Vital statistics of India. Vol. IV, Annual returns from 1871 to 1876. British Army of India, Native Army and jails of Bengal
Year: 1871
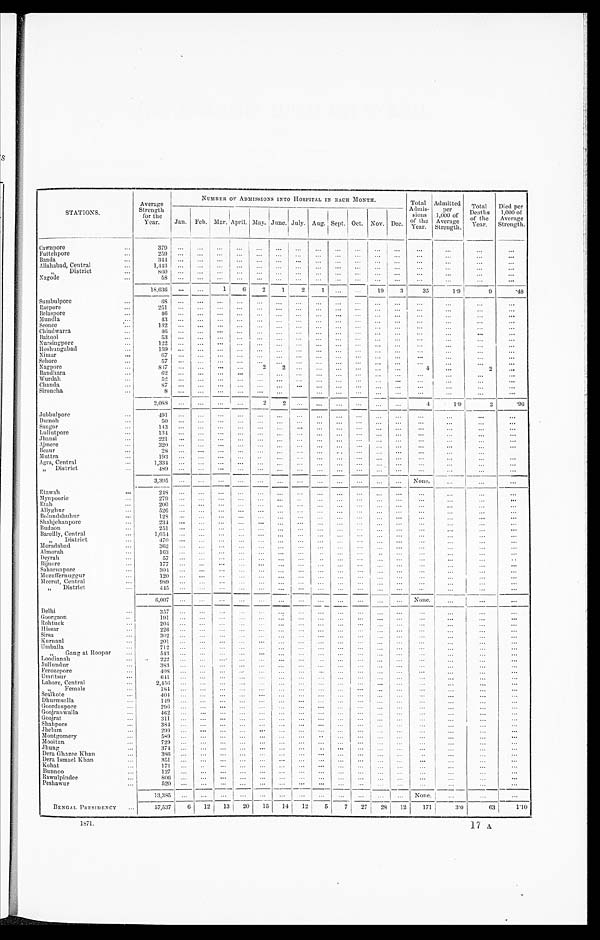
STATIONS.
Average
Strength
for the
Year.
NUMBER OF ADMISSIONS INTO HOSPITAL IN EACH MONTH.
T o t a l Ad mi s - s i o n s o f t h e Ye a r . Admi t t e d pe r 1, 000 of Ave r a ge St r e ngt h. Tot a l De a t hs of t he Ye a r . Di e d pe r 1, 000 of Ave r a ge St r e ngt h.
Jan. Feb.
M a r .
Apr i l .
May. June. July. Aug. Sept.
O c t .
N o v . Dec.
Cawnpore
...
3 7 9
. . .
. . .
. . .
. . .
...
...
. . .
. . .
. . .
. . .
. . . ...
. . .
. . .
. . .
. . .
Futtehpore
...
2 5 9
. . .
. . .
. . .
. . .
...
...
. . .
. . .
. . .
. . .
. . . ...
. . .
. . .
. . .
. . .
Banda
...
3 4 4
. . .
. . .
. . .
. . .
...
...
. . .
. . .
. . .
. . .
. . . ...
. . .
. . .
. . .
. . .
Allahabad, Central
...
1 , 4 4 3
. . .
. . .
. . .
. . .
...
...
. . .
. . .
. . .
. . .
. . . ...
. . .
. . .
. . .
...
, , D i s t r i c t...
8 6 0
. . .
. . .
. . .
. . .
...
...
. . .
. . .
. . .
. . .
. . . ...
. . .
. . .
. . .
. . .
Nagode
...
5 8
. . .
. . .
. . .
. . .
...
...
. . .
. . .
. . .
. . .
. . . ...
. . .
. . .
. . .
. . .
1 8 , 6 3 6
. . .
. . .
1
6
2 1
2
1
. . .
. . .
1 9
3
3 5
1 . 9
9
. 4 8
Sumbulpore
...
6 8
. . .
. . .
. . .
. . .
. . .
. . .
. . .
. . .
. . .
. . .
. . .
...
. . .
. . .
. . .
. . .
Raepore
...
251
. . .
. . .
. . .
. . .
. . .
. . .
. . .
. . .
. . .
. . .
. . .
. . .
. . .
. . .
. . .
. . .
Belaspore
...
4 6
. . .
. . .
. . .
. . .
. . .
. . .
. . .
. . .
. . . . . .
. . .
...
. . .
. . .
. . .
. . .
Mundla
...
4 3
. . .
. . .
. . .
. . .
. . .
. . .
. . .
. . .
. . . . . .
. . .
...
. . .
. . .
. . .
...
Seonee
...
1 3 2
. . .
. . .
. . .
. . .
. . .
. . .
. . .
. . .
. . . . . .
. . .
...
. . .
. . .
. . .
. . .
Chindwarra
...
4 6
. . .
. . .
. . .
. . .
. . .
. . .
. . .
. . .
. . . . . .
. . .
...
. . .
. . .
. . .
...
Baitool
...
5 3
. . .
. . .
. . .
. . .
. . .
. . .
. . .
. . .
. . . . . .
. . .
...
. . .
. . .
. . .
. . .
Nursingpore
...
1 2 2
. . .
. . .
. . .
. . .
. . .
. . .
. . .
. . .
. . . . . .
. . .
...
. . .
. . .
. . .
. . .
Hoshungabad
...
1 5 9
. . .
. . .
. . .
. . .
. . .
. . .
. . .
. . .
. . . . . .
. . .
...
. . .
. . .
. . .
. . .
Nimar
...
6 7
. . .
. . .
. . .
. . .
. . .
. . .
. . .
. . .
. . . . . .
. . .
...
. . .
. . .
. . .
. . .
Sehore
...
5 7
. . .
. . .
. . .
. . .
. . .
. . .
. . .
. . .
. . . . . .
. . .
. . .
. . .
. . .
. . .
. . .
Nagpore
...
8 3 7
. . .
. . .
. . .
. . .
2
2
. . .
. . .
. . . . . .
. . . ...
4
...
2
...
Bandhara
...
6 2
. . .
. . .
. . .
. . .
. . .
. . .
. . .
. . .
. . . . . .
. . . ...
. . .
. . .
. . .
...
Wurdah
...
5 2
. . .
. . .
. . .
. . .
. . .
. . .
. . .
. . .
. . . . . .
. . . ...
. . .
. . .
. . .
. . .
Chanda
...
8 7
. . .
. . .
. . . . . .
. . .
. . .
. . .
. . .
. . .
. . .
. . .
. . .
. . .
. . .
. . .
. . .
Sironcha
...
8
. . .
. . .
. . .
. . . ...
. . .
. . .
. . .
. . .
. . .
. . .
. . .
. . .
. . .
. . .
2 , 0 8 8
. . .
. . .
. . .
. . .
2
2
. . .
. . .
. . .
. . .
. . . ...
4
1 . 9
2
. 9 6
Jubbulpore
...
4 9 1
. . .
. . .
. . .
. . .
. . .
. . .
. . .
. . .
. . .
. . .
. . . ...
. . .
. . .
. . .
. . .
Dumoh
...
5 0 . . .
. . .
. . .
. . .
. . .
. . .
. . .
. . .
. . .
. . .
. . . ...
. . .
. . .
. . .
. . .
Saugor
...
1 4 3 . . .
. . .
. . .
. . .
. . .
. . .
. . .
. . .
. . .
. . .
. . . ...
. . .
. . .
. . .
. . .
Lullutpore
...
1 3 4 . . .
. . .
. . .
. . .
. . .
. . .
. . .
. . .
. . .
. . .
. . . ...
. . .
. . .
. . .
. . .
Jhansi
...
2 2 1 . . .
. . .
. . .
. . .
. . .
. . .
. . .
. . .
. . .
. . .
. . . ...
. . .
. . .
. . .
. . .
Ajmere
...
3 2 0 . . .
. . .
. . .
. . .
. . .
. . .
. . .
. . .
. . .
. . .
. . . ...
. . .
. . .
. . .
. . .
Beaur
...
2 8 . . .
. . .
. . .
. . .
. . .
. . .
. . . . . .
. .
. . .
. . .
. . .
. . .
. . .
. . .
Muttra
...
1 9 3 . . .
. . .
. . .
. . .
.. . . .
. . .
. . .
. . .
. . .
. . .
. . .
. . .
. . .
. . .
. . .
Agra, Central
...
1 , 3 3 4 . . .
. . .
. . .
. . .
. . .
. . .
. . .
. . .
. . .
. . .
. . . ...
. . .
. . .
. . .
. . .
„ District
...
4 8 9 . . .
. . .
. . .
. . .
. . .
. . .
. . .
. . .
. . .
. . .
. . . ...
. . .
. . .
. . .
. . .
3 , 3 9 5
. . .
. . .
. . .
. . .
. . .
. . .
. . .
. . .
. . .
. . .
. . .
. . . None.
. . .
. . .
. . .
Etawah
...
2 4 8
. . .
. . .
. . .
. . . ...
. . .
. . .
. . .
. . .
. . .
. . .
. . .
. . .
. . .
. . .
. . .
Mynpoorie
...
279
. . .
. . .
. . .
. . . ...
. . .
. . . . . .
. . .
. . .
. . .
. . .
. . .
. . .
. . .
. . .
Etah
...
2 0 0
. . .
. . .
. . .
. . . ...
. . .
. . .
. . .
. . .
. . .
. . .
. . .
. . .
. . .
. . .
. . .
Allyghur
...
5 2 6
. . .
. . .
. . .
. . . ...
. . .
. . .
. . .
. . .
. . .
. . .
. . .
. . .
. . .
. . .
. . .
Bolundshuhur
...
1 2 8
. . .
. . .
. . .
. . . ...
. . .
. . .
. . .
. . .
. . .
. . .
. . .
. . .
. . .
. . .
. . .
Shahjehanpore
...
2 3 4
. . .
. . .
. . .
. . . ...
. . .
. . .
. . .
. . .
. . .
. . .
...
. . .
. . .
. . .
. . .
Budaon
...
2 5 1
. . .
. . .
. . .
. . . ...
. . .
. . .
. . .
. . .
. . .
. . .
. . .
. . .
. . .
. . .
. . .
Bareilly, Central
...
1 , 0 5 4
. . .
. . .
. . .
. . . ...
. . .
. . .
. . .
. . .
. . .
. . .
. . .
. . .
. . .
. . .
. . .
„
District
...
4 7 0
. . .
. . .
. . .
. . . ...
. . .
. . .
. . .
. . .
. . .
. . .
. . .
. . .
. . .
. . .
. . .
Moradabad
...
3 6 2
. . .
. . .
. . .
. . . ...
. . .
. . .
. . .
. . .
. . .
. . .
. . .
. . .
. . .
. . .
. . .
Almorah
...
1 6 3
. . .
. . .
. . .
. . . ...
. . .
. . .
. . .
. . .
. . .
. . . ...
. . .
. . .
. . .
. . .
Deyrah
...
5 7
. . .
. . .
. . .
. . . ...
. . .
. . .
. . .
. . .
. . .
. . .
. . .
. . .
. . .
. . .
. .
Bijnore
...
1 7 7
. . .
. . .
. . .
. . . ...
. . .
. . .
. . .
. . .
. . .
. . . ...
. . .
. . .
. . .
. . .
Saharunpore
...
3 0 4
. . .
. . .
. . .
. . . ...
. . .
. . .
. . .
. . .
. . .
. . . ...
. . .
. . .
. . .
. . .
Mozuffernuggur
...
1 2 0
. . .
. . .
. . .
. . . ...
. . .
. . .
. . .
. . .
. . .
. . . ...
. . .
. . .
. . .
. . .
Meerut, Central
...
9 8 9
. . .
. . .
. . .
. . . ...
. . .
. . .
. . .
. . .
. . .
. . . ...
. . .
. . .
. . .
. . .
„
District
... 445
. . .
. . .
. . .
. . . ...
. . .
. . .
. . .
. . .
. . .
. . . ...
. . .
. . .
. . .
. . .
6,007
. . .
. . .
. . .
. . . ...
. . .
. . .
. . .
. . .
. . .
. . .
...
N o n e .
. . .
. . .
. . .
Delhi
...
3 5 7
. . .
. . .
. . .
. . . ...
. . .
. . .
. . .
. . .
. . .
. . . ...
. . .
. . .
. . .
. . .
Goorgaon
..
1 9 1
. . .
. . .
. . .
. . . ...
. . .
. . .
. . .
. . .
. . .
. . . ...
. . .
. . .
. . .
. . .
Rohtuck
...
204
. . .
. . .
. . .
. . .
. . .
. . .
. . .
. . .
. . .
. . .
. . .
. . .
. . .
. . .
. . .
. . .
Hi ssar
...
226
. . .
. . .
. . .
. . .
. . .
. . .
. . .
. . .
. . .
. . .
. . .
. . .
. . .
. . .
. . .
. . .
Sirsa
...
302
. . .
. . .
. . .
. . .
. . .
. . .
. . .
. . .
. . .
. . .
. . .
. . .
. . .
. . .
. . .
. . .
Kurnaul
...
201
. . .
. . .
. . .
. . .
. . .
. . .
. . .
. . .
. . .
. . .
. . .
. . .
. . .
. . .
. . .
. . .
Umballa
...
712
. . .
. . .
. . .
. . .
. . .
. . .
. . .
. . .
. . .
. . .
. . .
. . .
. . .
. . .
. . .
. . .
, , G a n g a t R o o p a r ...
5 4 3 . . .
. . .
. . .
. . .
. . .
. . .
. . .
. . .
. . .
. . .
. . .
. . .
. . .
. . .
. . .
. . .
Loodianah
...
2 2 2
. . .
. . .
. . .
. . . ...
. . .
. . .
. .
. . .
. . .
. . .
. . .
. . .
. . .
. . .
. . .
Jullundur
. . .
3 8 3
. . .
. . .
. . .
. . . ...
. . .
. . .
. . .
. . .
. . .
. . . ...
. . .
. . .
. . .
. . .
Ferozepore
. . .
4 0 8
. . .
. . .
. . .
. . .
. . .
. . .
. . .
. . .
. . .
. . .
. . .
. . .
. . .
. . .
. . .
. . .
Umritsur
. . .
6 4 1
. . .
. . .
. . .
. . . ...
. . .
. . .
. . .
. . .
. . .
. . . ...
. . .
. . .
. . .
...
Lahore, Central
. . .
2,45 6
. . .
. . .
. . .
. . . ...
. . .
. . .
. . .
. . .
. . .
. . . ...
. . .
. . .
. . .
. . .
„
Female
. . .
1 8 4
. . .
. . .
. . .
. . . ...
. . .
. . .
. . .
. . .
. . .
. . . ...
. . .
. . .
. . .
. . .
Sealkote
. . .
4 0 4
. . .
. . .
. . .
. . . ...
. . .
. . .
. . .
. . .
. . .
. . . ...
. . .
. . .
. . .
. . .
Dhurmsalla
. . .
1 4 9
. . .
. . .
. . .
. . . ...
. . .
. . .
. . .
. . .
. . .
. . . ...
. . .
. . .
. . .
. . .
Goordaspore
. . .
2 9 6
. . .
. . .
. . .
. . . ...
. . .
. . .
. . .
. . .
. . .
. . . ...
. . .
. . .
. . .
. . .
Goojranwalla
. . .
4 6 2
. . .
. . .
. . .
. . . ...
. . .
. . .
. . .
. . .
. . .
. . . ...
. . .
. . .
. . .
. . .
Goojrat
. . .
3 1 1
. . .
. . .
. . .
. . . ...
. . .
. . .
. . .
. . .
. . .
. . . ...
. . .
. . .
. . .
. . .
Shahpore
. . .
3 8 4
. . .
. . .
. . .
. . . ...
. . .
. . .
. . .
. . .
. . .
. . .
. . .
. . .
. . .
. . .
. . .
Jhelum
. . .
2 9 9
. . .
. . .
. . .
. . . ...
. . .
. . .
. . .
. . .
. . .
. . . ...
. . .
. . .
. . .
. . .
Montgomery
...
5 8 9
. . .
. . .
. . .
. . . ...
. . .
. . .
. .
. . .
. . .
. . . ...
. . .
. . .
. . .
. . .
Mooltan
. . .
7 2 9
. . .
. . .
. . .
. . . ...
. . .
. . .
. . .
. . .
. . .
. . . ...
. . .
. . .
. . .
. . .
Jhung
...
3 7 4
. . .
. . .
. . .
. . . ...
. . .
. . .
. .
. . .
. . .
. . . ...
. . .
. . .
. . .
. . .
Dera Ghazee Khan
. . .
3 8 6
. . .
. . .
. . .
. . . ...
. . .
. . .
. . .
. . .
. . .
. . . ...
. . .
. . .
. . .
. . .
Dera Ismael Khan
. . .
3 5 1
. . .
. . .
. . .
. . . ...
. . .
. . .
. . .
. . .
. . .
. . . ...
. . .
. . .
. . .
. . .
Kohat
. . .
171
. . .
. .
. . .
. . . ...
. . .
. . .
. . .
. . .
. . .
. . . ...
. . .
. . .
. . .
. . .
Bunnoo
. . .
1 2 7
. . .
. . .
. . .
. . . ...
. . .
. . .
. . .
. . .
. . .
. . . ...
. . .
. . .
. . .
. . .
Rawulpindee
. . .
8 0 6
. . .
. . .
. . .
. . . ...
. . .
. . .
. . .
. . .
. . .
. . .
. . .
. . .
. . .
. . .
. . .
Peshawur
...
5 2 0
. . .
. . .
. . .
. . . ...
. . .
. . .
. . .
. . .
. . .
. . .
...
. . .
. . .
. . .
. . .
13,385
. . .
. . .
. . .
. . . ...
. . .
. . .
. . .
. . .
. . .
. . .
...
N o n e .
. . .
. . . ...
BENGAL PRESIDENCY
...
57,537
6
1 2
1 3
2 0
15
14
12
5
7
2 7
2 8
12
1 7 1
3 . 0
6 3 1.10
1 8 7 1 . .
17 A